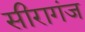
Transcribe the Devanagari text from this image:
सीरागंज